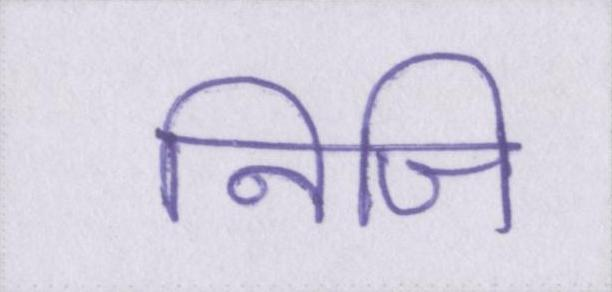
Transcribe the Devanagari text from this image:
निजि